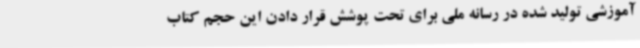
آموزشی تولید شده در رسانه ملی برای تحت پوشش قرار دادن این حجم کتاب